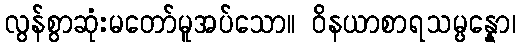
လွန်စွာဆုံးမတော်မူအပ်သော။ ဝိနယာစာရသမ္ပန္နော၊